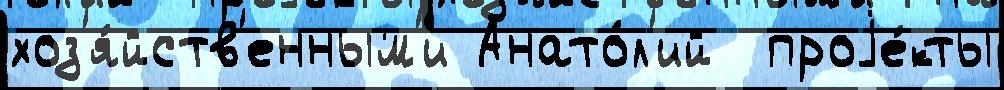
хоз'я́йств'енным'и Анато́л'ий  проjе́кты